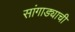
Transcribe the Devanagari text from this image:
सांगाड्याची